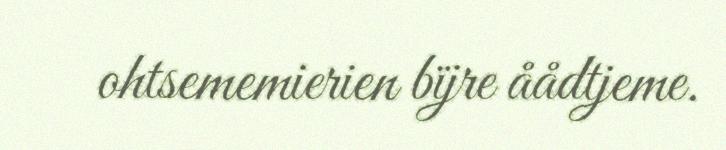
ohtsememierien bïjre åådtjeme.